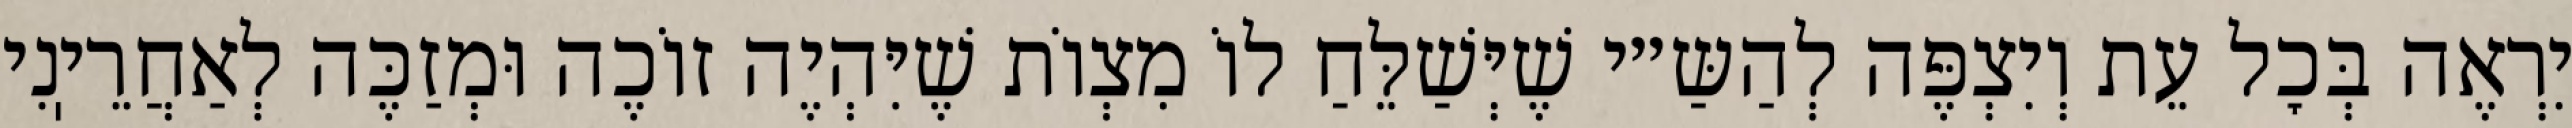
יִרְאֶה בְּכׇל עֵת וְיִצְפֶּה לְהַשַּ״י שֶׁיְּשַׁלֵּחַ לוֹ מִצְוֹת שֶׁיִּהְיֶה זוֹכֶה וּמְזַכֶּה לְאַחֲרֵיֽנִי